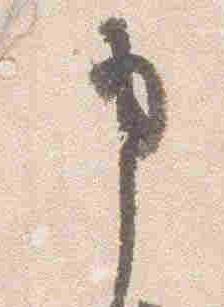
申